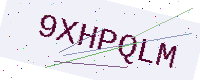
Text: 9XHPQLM